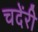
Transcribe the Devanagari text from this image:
चदेंरी